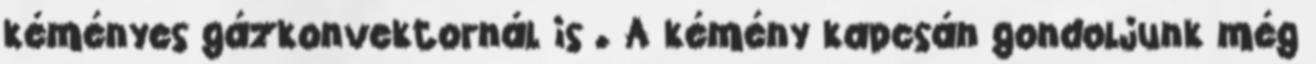
kéményes gázkonvektornál is . A kémény kapcsán gondoljunk még